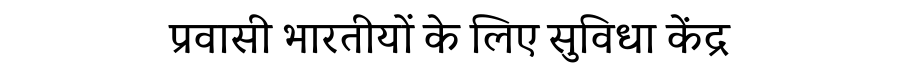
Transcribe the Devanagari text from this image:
प्रवासी भारतीयों के लिए सुविधा केंद्र